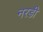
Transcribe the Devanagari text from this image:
नरडी